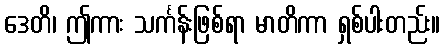
ဒေတိ၊ ဤကား သင်္ကန်းဖြစ်ရာ မာတိကာ ရှစ်ပါးတည်း။